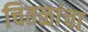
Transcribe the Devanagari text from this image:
चितळांचा